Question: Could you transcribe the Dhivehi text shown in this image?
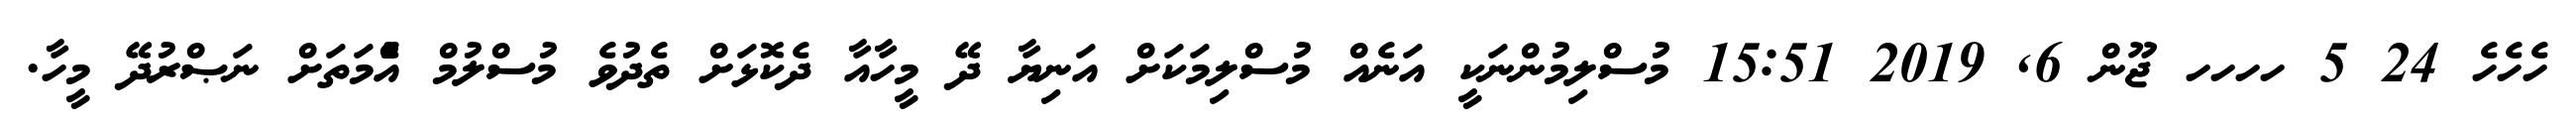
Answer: ހެހެހެ 24 5 ހހހހ ޖޫން 6, 2019 15:51 މުސްލިމުންނަކީ އަނެއް މުސްލިމަކަށް އަނިޔާ ދޭ މީހާއާ ދެކޮޅަށް ތެދުވެ މުސްލުމް އުެްމަތަށް ނަޞްރުދޭ މީހާ.